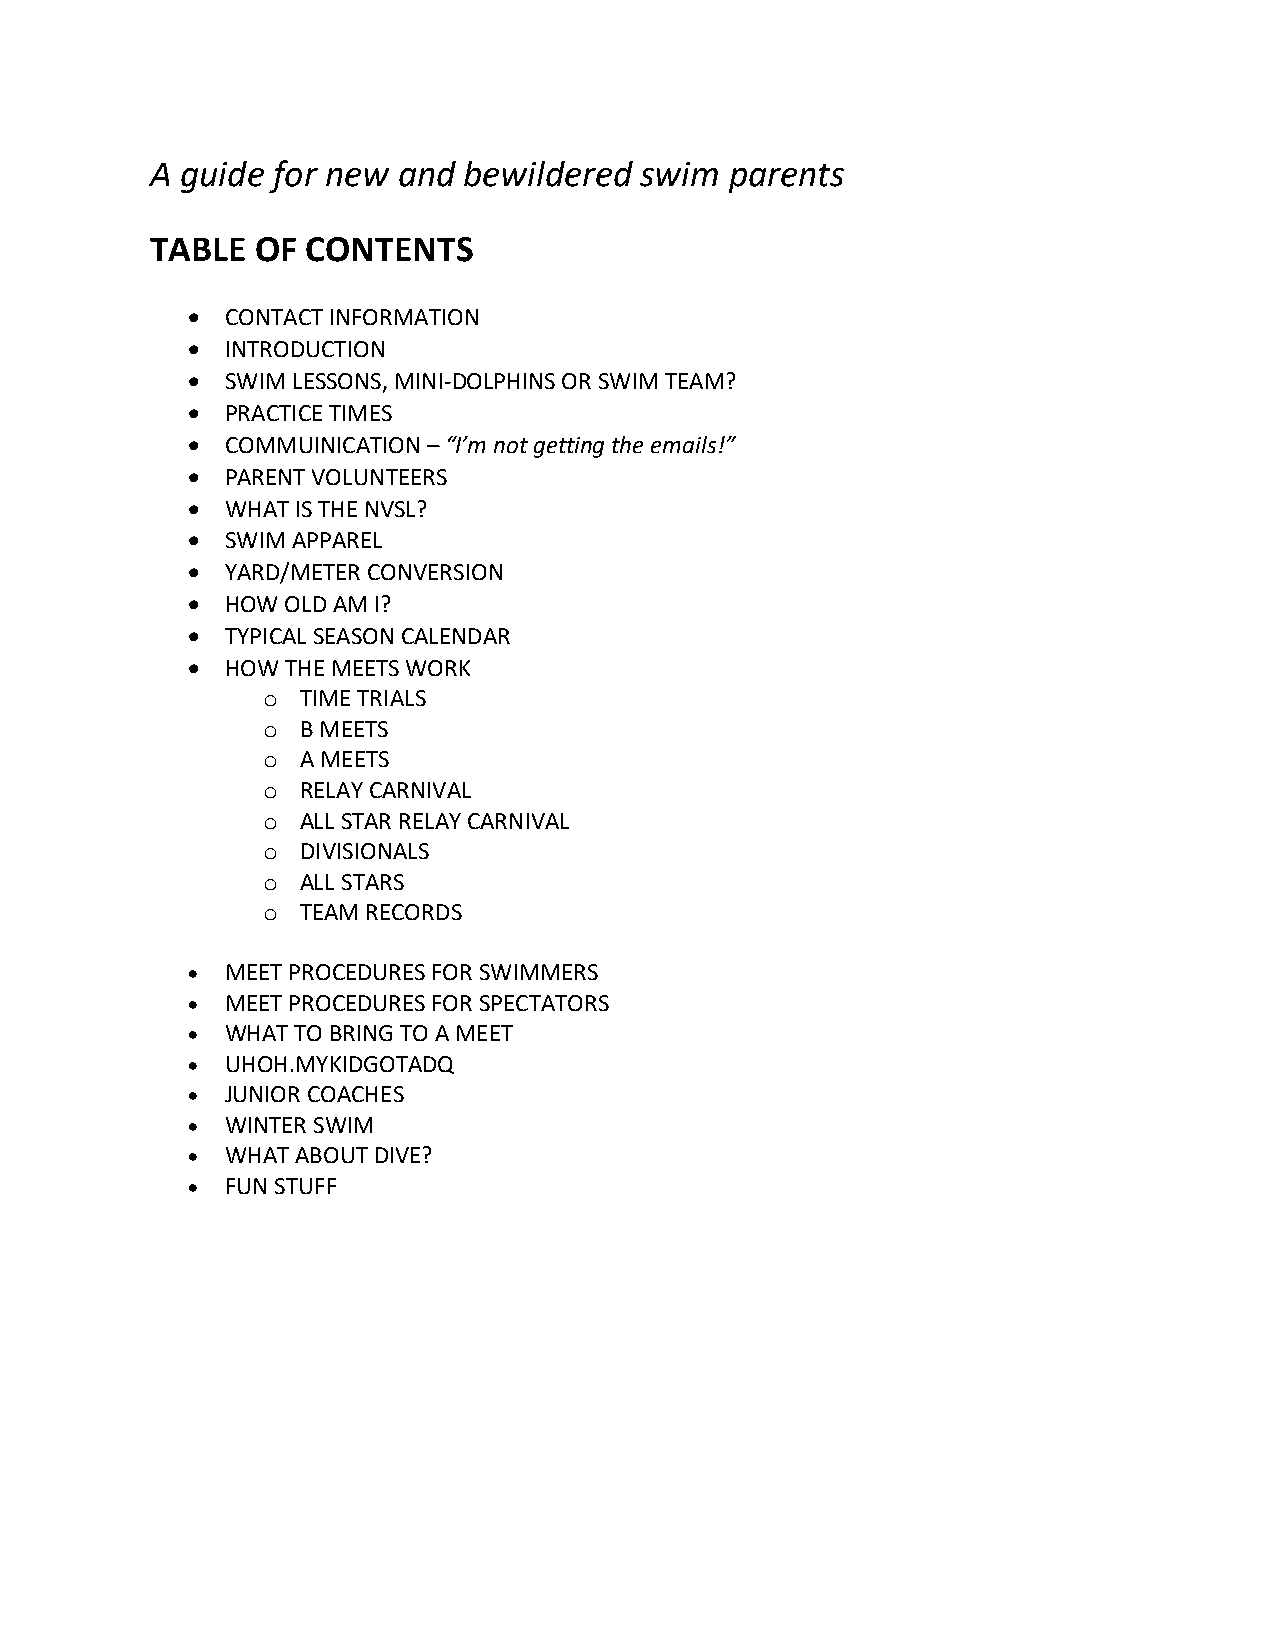
A guide for new and  bewildered swim  parents
 TABLE  OF CONTENTS
 •  CONTACT INFORMATION
 •  INTRODUCTION
 •  SWIM LESSONS, MINI-DOLPHINS OR SWIM TEAM?
 •  PRACTICE TIMES
 •  COMMUINICATION – “I’m not getting the emails!”
 •  PARENT VOLUNTEERS
 •  WHAT IS THE NVSL?
 •  SWIM APPAREL
 •  YARD/METER CONVERSION
 •  HOW OLD AM I?
 •  TYPICAL SEASON CALENDAR
 •  HOW THE MEETS WORK
 o  TIME TRIALS
 o  B MEETS
 o  A MEETS
 o  RELAY CARNIVAL
 o  ALL STAR RELAY CARNIVAL
 o  DIVISIONALS
 o  ALL STARS
 o  TEAM RECORDS
 •  MEET PROCEDURES FOR SWIMMERS
 •  MEET PROCEDURES FOR SPECTATORS
 •  WHAT TO BRING TO A MEET
 •  UHOH.MYKIDGOTADQ
 •  JUNIOR COACHES
 •  WINTER SWIM
 •  WHAT ABOUT DIVE?
 •  FUN STUFF